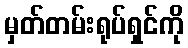
မှတ်တမ်းရုပ်ရှင်ကို